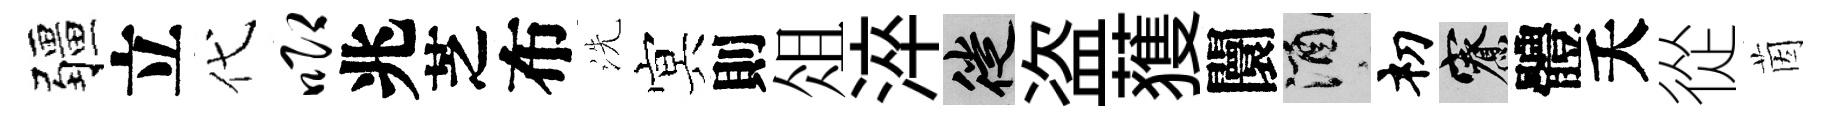
疆立代唧兆芝布洗㝠則俎淬徙盗𫉬闤酒𥘉寮體夭從茵